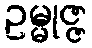
ဥမ္မုဇ္ဇ